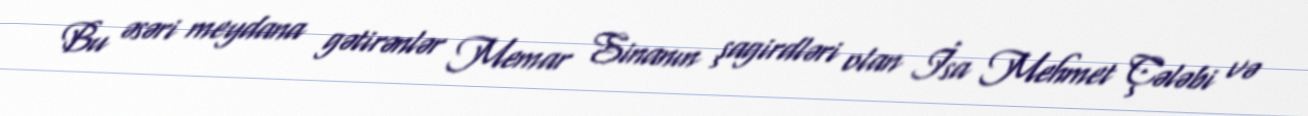
Bu əsəri meydana gətirənlər Memar Sinanın şagirdləri olan İsa Mehmet Çələbi və